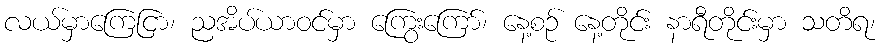
လယ်မှာကြေငြာ၊ ညအိပ်ယာဝင်မှာ ကြွေးကြော်၊ နေ့စဉ် နေ့တိုင်း နာရီတိုင်းမှာ သတိရ၊